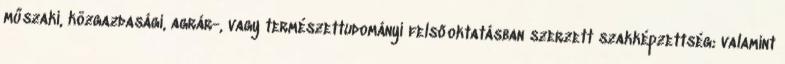
műszaki, közgazdasági, agrár-, vagy természettudományi felsőoktatásban szerzett szakképzettség; valamint